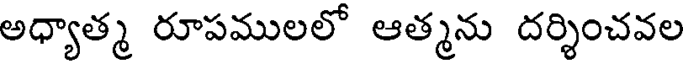
అధ్యాత్మ రూపములలో ఆత్మను దర్శించవల